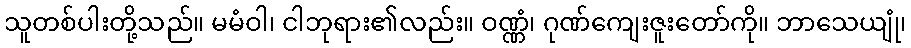
သူတစ်ပါးတို့သည်။ မမံဝါ၊ ငါဘုရား၏လည်း။ ဝဏ္ဏံ၊ ဂုဏ်ကျေးဇူးတော်ကို။ ဘာသေယျုံ၊